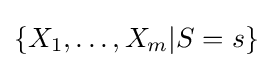
\{X_{1},\ldots ,X_{m}|S=s\}